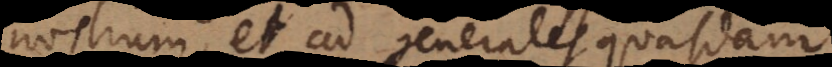
nostrum, et ad generales quasdam